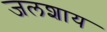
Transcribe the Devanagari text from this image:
जलशाय